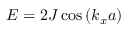
E = 2 J \cos { ( k _ { x } a ) }